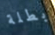
بطلة